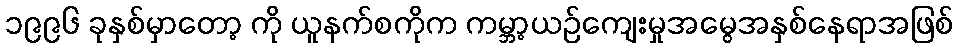
၁၉၉၆ ခုနှစ်မှာတော့ ကို ယူနက်စကိုက ကမ္ဘာ့ယဉ်ကျေးမှုအမွေအနှစ်နေရာအဖြစ်